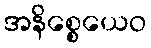
အနိစ္စေယေဝ